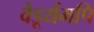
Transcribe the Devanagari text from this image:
वैडूर्यमपि